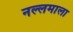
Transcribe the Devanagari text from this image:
नल्लमाला